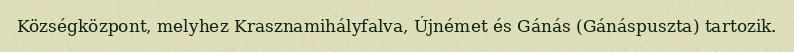
Községközpont, melyhez Krasznamihályfalva, Újnémet és Gánás (Gánáspuszta) tartozik.